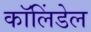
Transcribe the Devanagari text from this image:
कॉलिंडेल